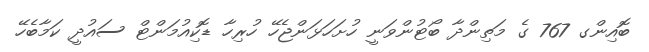
ބޮއިންގ 767 ގެ މަތިންދާ ބޯޓުންވަނީ ހުށަހަޅަންޖެހޭ ހުރިހާ ޑޮކިއުމަންޓް ސައުދީ ކަމާބެހޭ